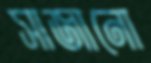
সাজানো